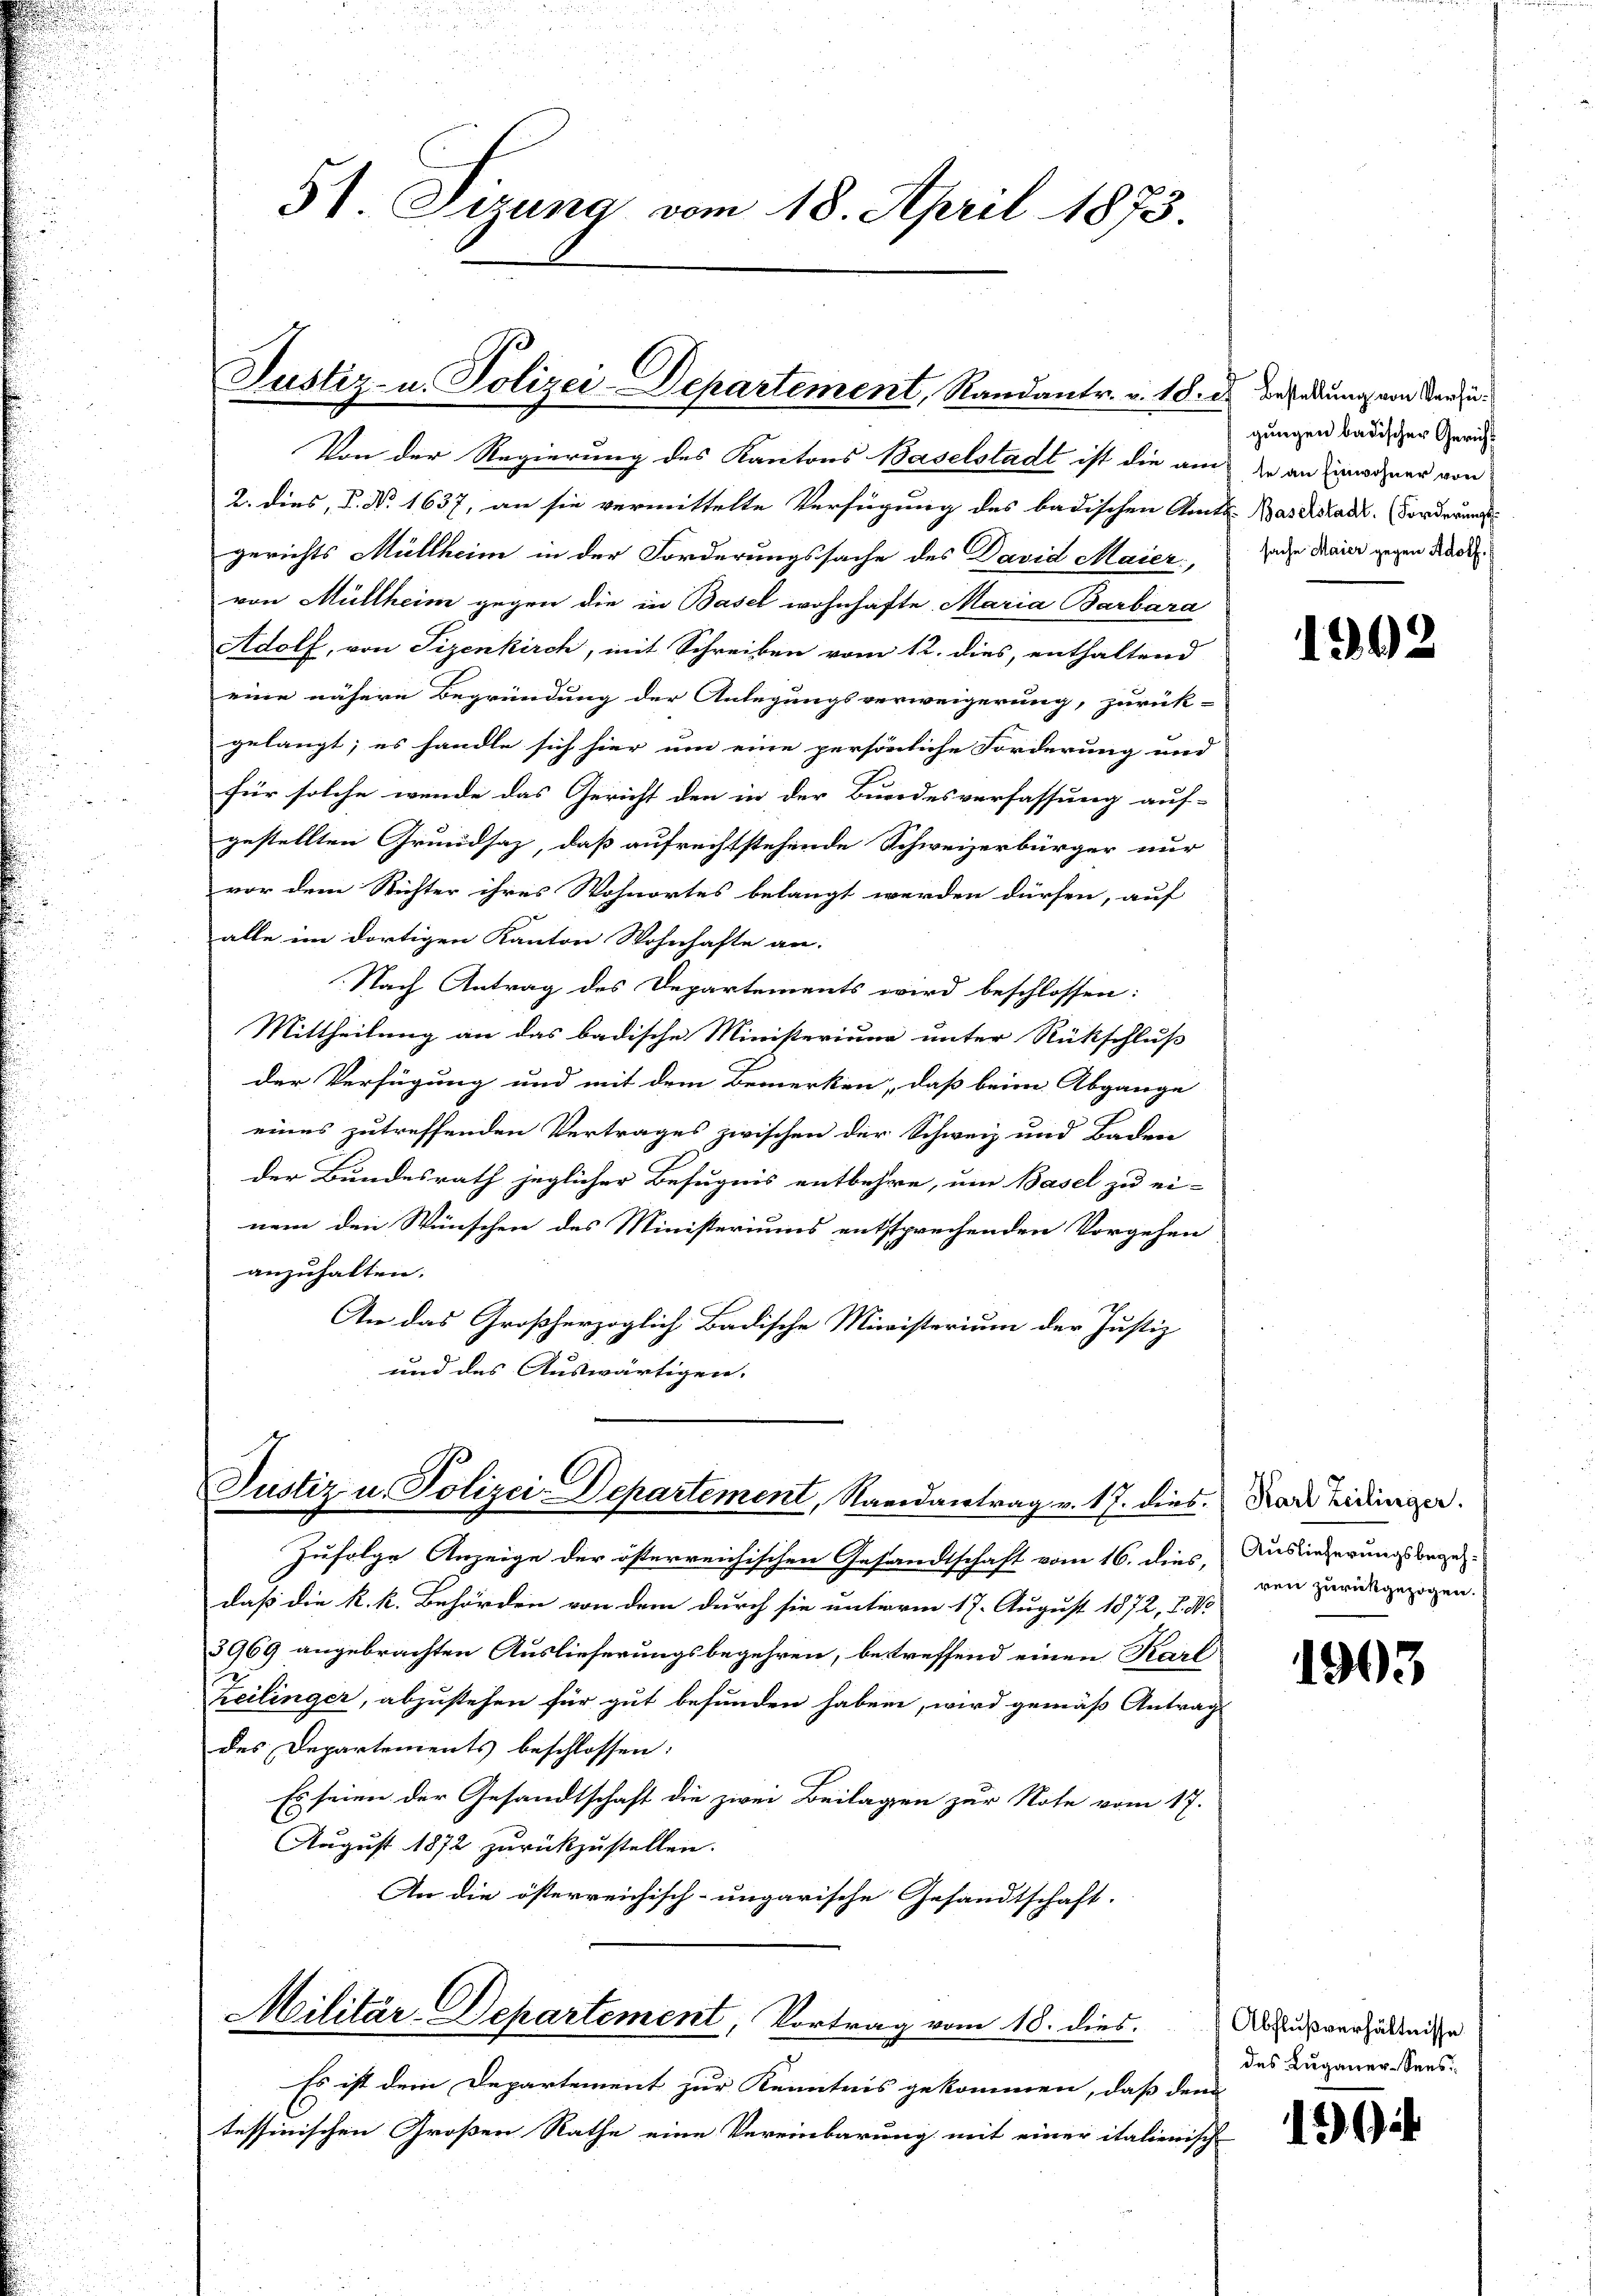
51. Sitzung vom 18. April 1873.

Justiz- u. Polizei-Departement, Randantr. v. 18. d. Beredung von den zu¬

Von der Regierung des Kantons Baselstadt ist die am die an Einwohner von
2. dies, P. No. 1637, an sie vermittelte Verfügung des badischen Amts Baselstadt. (Forderungsgerichts Müllheim in der Forderungssache des David Maier,
von Müllheim gegen die in Basel wohnhafte Maria Barbara
Adolf, von Pizenkirch, mit Schreiben vom 12. dies, enthaltend
eine nähere Begründung der Anlegungsverweigerung, zurück-
gelangt; es handle sich hier um eine persönliche Forderung und
für solche wende das Gericht den in der Bundesverfassung auf-
gestellten Grundsaz, daß aufrechtstehende Schweizerbürger nur
vor dem Richter ihres Wohnortes belangt werden dürfen, auf
alle im dortigen Kanton Wohnhafte an:
Nach Antrag des Departements wird beschlossen:
Mittheilung an das badische Ministerium unter Rückschluß
der Verfügung und mit dem bemerken, daß beim Abgange
eines zutreffenden Vertrages zwischen der Schweiz und Baden
der Bundesrath jeglicher Befugnis entbehre, um Basel zu ei-
nem den Wünschen des Ministeriums entsprechenden Vorgehen
anzuhalten.
An das Großherzoglich Badische Ministerium der Justiz
und des Auswärtigen.

Justiz u. Polizei-Departement, Randantrag v. 17. dies. Das Eidinger.

Zufolge Anzeige der österreichischen Gesandtschaft vom 16. dies, Auslieferungsbege
daß die k. k. Behörden von dem durch sie unterm 17. August 1872, S. No
3969 angebrachten Auslieferungsbegehren, betreffend einen Karl
heilinger, abzustehen für gut befunden haben, wird gemäß Antrag
des Departements beschlossen:
Es seien der Gesandtschaft die zwei Beilagen zur Note vom 17.
August 1872 zurückzustellen.
An die österreichisch-ungarische Gesandtschaft.

Militär-Departement, Vortrag vom 18. dies

Es ist dem Departement zur Kenntnis gekommen, daß dem
tessinischen Großen Rathe eine Vereinbarung mit einer italienisch-

gungen badischer Gericht
sache Maier gegen Adolf.

1992

ren zurückgezogen.
.

1903

Abflußverhältnisse
des Luganer-Sees

14